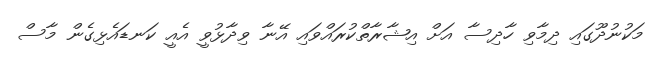
މަކުނުދޫގައި ދިމާވި ހާދިސާ އަށް އިޝާރާތްކުރައްވައި އޭނާ ވިދާޅުވީ އެއީ ކަނޑައެޅިގެން މާސް